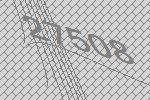
27508